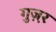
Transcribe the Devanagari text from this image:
गुज़़र